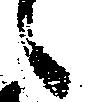
候